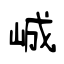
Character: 峸